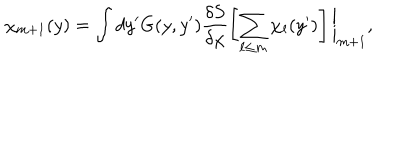
~ \chi _ { m + 1 } ( y ) = \int d y ^ { \prime } G ( y , y ^ { \prime } ) \frac { \delta S } { \delta \chi } \left[ \sum _ { \ell \leq m } \chi _ { \ell } ( y ^ { \prime } ) \right] \bigg | _ { m + 1 } ,